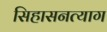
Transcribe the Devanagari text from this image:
सिहासनत्याग